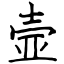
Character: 壸